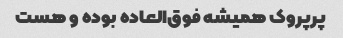
پرپروک همیشه فوق‌العاده بوده و هست